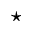
\star